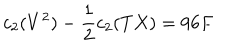
LaTeX: c _ { 2 } ( V ^ { 2 } ) - \frac { 1 } { 2 } c _ { 2 } ( T X ) = 9 6 F